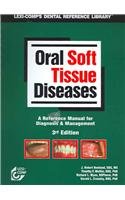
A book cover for Lexi-Comp's Oral Soft Tissue Diseases Manual; Medical Books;